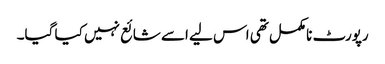
رپورٹ نامکمل تھی اس لیے اسے شائع نہیں کیا گیا۔